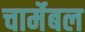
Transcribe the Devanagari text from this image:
चार्मेबल